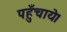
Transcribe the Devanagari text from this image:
पहुँचाये।